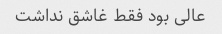
عالی بود فقط غاشق نداشت